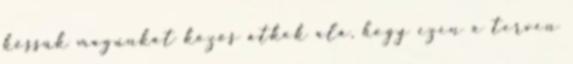
kössük magunkat közös átkok alá, hogy ezen a terven